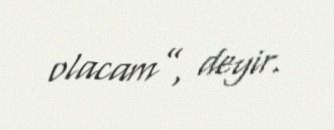
olacam”, deyir.